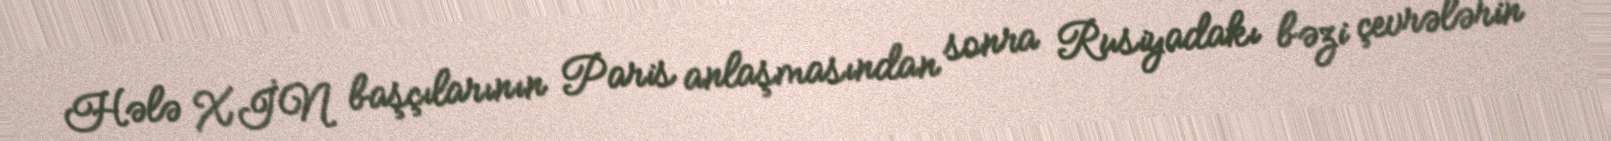
Hələ XİN başçılarının Paris anlaşmasından sonra Rusiyadakı bəzi çevrələrin